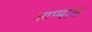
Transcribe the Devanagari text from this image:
आप्पास